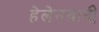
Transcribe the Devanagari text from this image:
हेलेनवादी